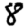
Digit: 8